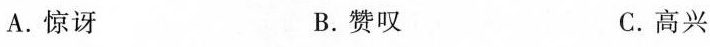
A.惊讶 B.赞叹 C.高兴